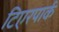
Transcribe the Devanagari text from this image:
टिएरपार्क